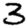
Digit: 3